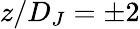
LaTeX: z/D_{J}=\pm 2